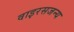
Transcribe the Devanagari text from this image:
वाइरसजन्य